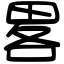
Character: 畧